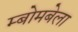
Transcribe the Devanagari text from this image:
म्बोमबेला